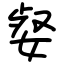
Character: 㛑